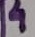
Text: 4